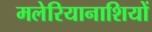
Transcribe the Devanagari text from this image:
मलेरियानाशियों